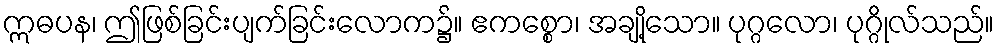
ဣဓပန၊ ဤဖြစ်ခြင်းပျက်ခြင်းလောက၌။ ဧကစ္စော၊ အချို့သော။ ပုဂ္ဂလော၊ ပုဂ္ဂိုလ်သည်။